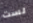
لست